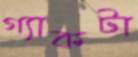
গ্যাকটা